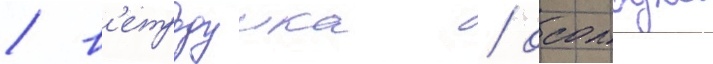
/ в'етродуика / осолодка